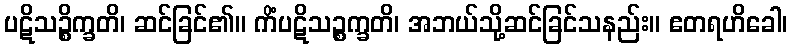
ပဋိသဉ္စိက္ခတိ၊ ဆင်ခြင်၏။ ကိံပဋိသဉ္စက္ခတိ၊ အဘယ်သို့ဆင်ခြင်သနည်း။ ဧတရဟိခေါ၊